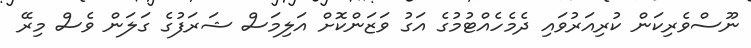
ނޫސްވެރިކަން ކުރިއަރުވައި ދެމެހެއްޓުމުގެ އަގު ވަޒަންކޮށް އަލިމަސް ޝަރަފުގެ ގަލަން ވެސް މިރޭ